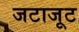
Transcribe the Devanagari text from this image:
जटाजूट